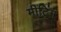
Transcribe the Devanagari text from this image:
मीटिंम